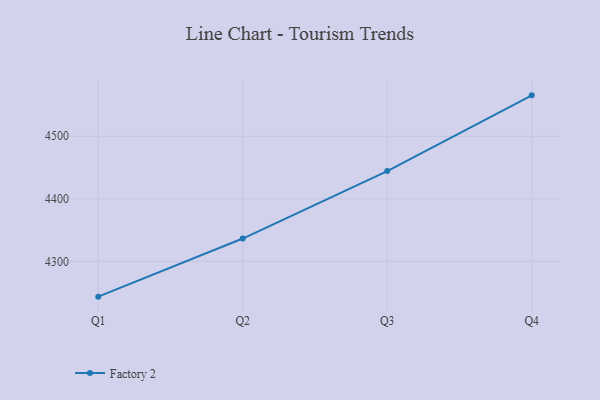
{"axis": {"x": "Quarter", "y": "Satisfaction Score"}, "legend": ["Factory 2"], "data": [{"x": "Q1", "y": 4243.6, "type": "Factory 2"}, {"x": "Q2", "y": 4336.5, "type": "Factory 2"}, {"x": "Q3", "y": 4444.3, "type": "Factory 2"}, {"x": "Q4", "y": 4565.4, "type": "Factory 2"}]}